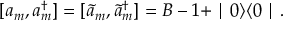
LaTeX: [ a _ { m } , a _ { m } ^ { \dagger } ] = [ \tilde { a } _ { m } , \tilde { a } _ { m } ^ { \dagger } ] = B - 1 + \mid 0 \rangle \langle 0 \mid .